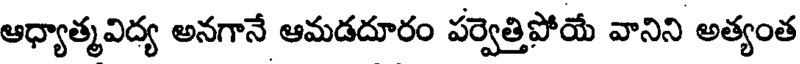
ఆధ్యాత్మవిద్య అనగానే ఆమడదూరం పర్వెత్తిపోయే వానిని అత్యంత